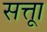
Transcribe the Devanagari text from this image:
सत्ताू